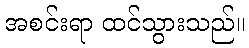
အစင်းရာ ထင်သွားသည်။